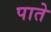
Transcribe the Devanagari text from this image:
पाते